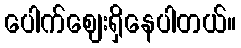
ပေါက်ဈေးရှိနေပါတယ်။